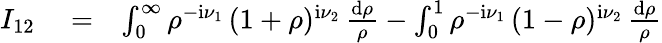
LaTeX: \begin{array}{rlr}{I_{12}}&{{}=}&{\int_{0}^{\infty}\rho^{-\mathrm{i}\nu_{1}}\, (1+\rho)^{\mathrm{i}\nu_{2}}\, \frac{\mathrm{d}\rho}{\rho}-\int_{0}^{1}\rho^{-\mathrm{i}\nu_{1}}\, (1-\rho)^{\mathrm{i}\nu_{2}}\, \frac{\mathrm{d}\rho}{\rho}}\end{array}